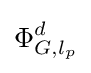
\Phi _{G,l_{p}}^{d}